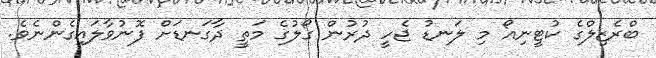
ބްރެޒިލްގެ ކުޓީނިއޯ މި ލަނޑު ޖެހީ ދުރުން ގޯލުގެ މަތީ ދާގަނޑަށް ފޮނުވާލައިގެންނެވެ.